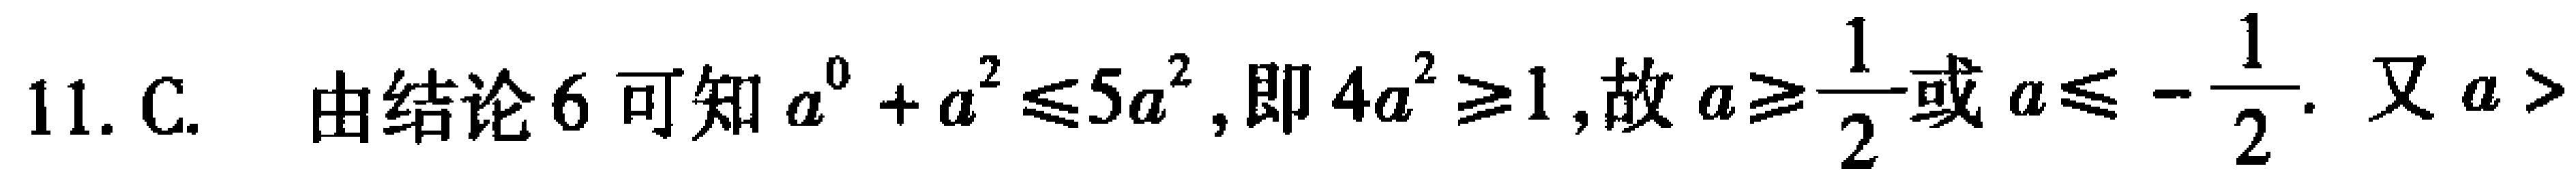
11. C. 由结论6可知$a^{0}+a^{2}\leq5a^{2}$, 即$4a^{2}\geq1$, 故$a\geq\frac{1}{2}$或$a\leq -\frac{1}{2}$. 又$a >$